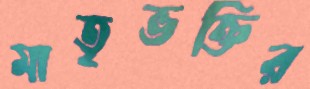
মাতৃভক্তির